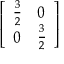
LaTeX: \left[ \begin{array} { l l } { { \frac { 3 } { 2 } } } & { 0 } \\ { 0 } & { { \frac { 3 } { 2 } } } \end{array} \right]